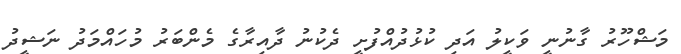
މަޝްހޫރު ގާނުނީ ވަކީލު އަދި ކުޅުދުއްފުށީ ދެކުނު ދާއިރާގެ މެންބަރު މުހައްމަދު ނަޝީދު